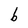
Character: b